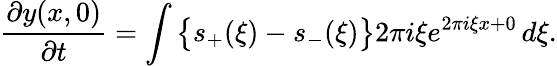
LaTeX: {\frac{\partial y(x,0)}{\partial t}}=\int{\bigl\{ }s_{+}(\xi)-s_{-}(\xi){\bigr\} }2\pi i\xi e^{2\pi i\xi x+0}\, d\xi.